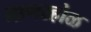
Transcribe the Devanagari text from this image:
नागरहोळ